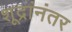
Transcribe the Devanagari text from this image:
शूद्रांनंतर